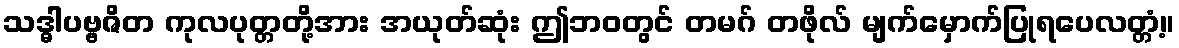
သဒ္ဓါပဗ္ဗဇိတ ကုလပုတ္တတို့အား အယုတ်ဆုံး ဤဘဝတွင် တမဂ် တဖိုလ် မျက်မှောက်ပြုရပေလတ္တံ့။